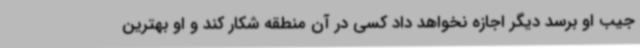
جیب او برسد دیگر اجازه نخواهد داد کسی در آن منطقه شکار کند و او بهترین